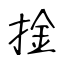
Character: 捦